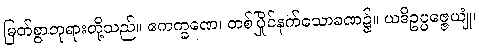
မြတ်စွာဘုရားတို့သည်။ ဧကက္ခဏေ၊ တစ်ပြိုင်နက်သောခဏ၌။ ယဒိဥပ္ပဇ္ဇေယျုံ၊